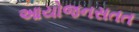
આયોજનસતત